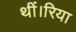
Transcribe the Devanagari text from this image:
थीं।रिया